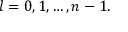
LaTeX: l = 0 , 1 , \ldots , n - 1 .